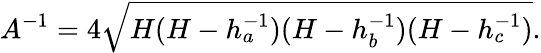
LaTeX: A^{-1}=4{\sqrt{H(H-h_{a}^{-1})(H-h_{b}^{-1})(H-h_{c}^{-1})}}.